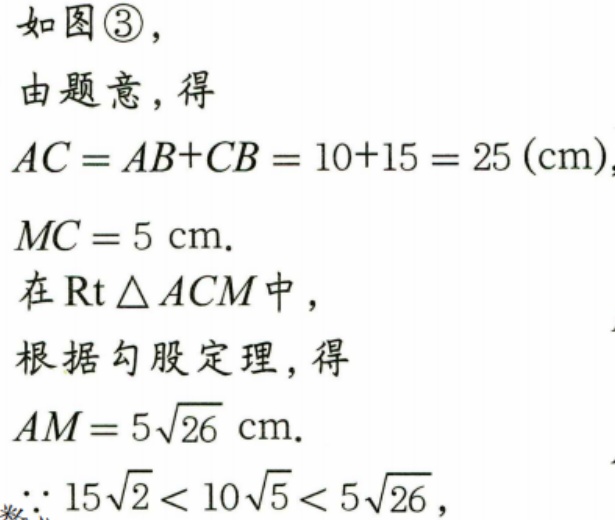
如图\textcircled{3}，
由题意，得
\(AC = AB + CB = 10 + 15 = 25\ (\text{cm})\)，
\(MC = 5\ \text{cm}\).
在\(\text{Rt}\triangle ACM\)中，
根据勾股定理，得
\(AM = 5\sqrt{26}\ \text{cm}\).
\(\because 15\sqrt{2}<10\sqrt{5}<5\sqrt{26}\)，